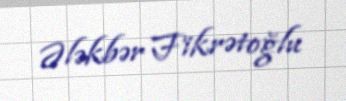
Ələkbər Fikrətoğlu